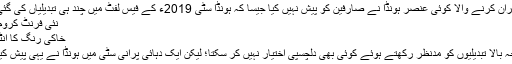
حیران کرنے والا کوئی عنصر ہونڈا نے صارفین کو پیش نہیں کیا جیسا کہ ہونڈا سٹی 2019ء کے فیس لفٹ میں چند ہی تبدیلیاں کی گئی ہیں:
نئی فرنٹ کروم گرِل
خاکی رنگ کا انٹیریئر
مندرجہ بالا تبدیلیوں کو مدنظر رکھتے ہوئے کوئی بھی دلچسپی اختیار نہیں کر سکتا؛ لیکن ایک دہائی پرانی سٹی میں ہونڈا نے یہی پیش کیا ہے۔